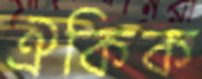
ঐকিক